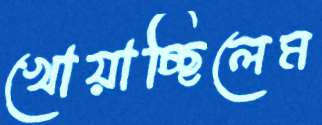
খোয়াচ্ছিলেম